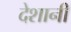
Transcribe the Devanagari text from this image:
देशानी